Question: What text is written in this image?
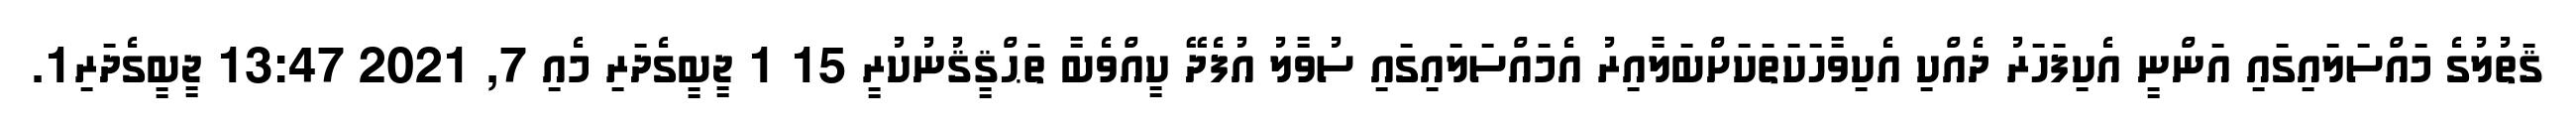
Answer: ޤަތުލުގެ މައްސަލައިގައި އަންނީ އެކިފަހަރު ދެއްކި އެކިވާހަކަތަކަށްބަލާއިރު އެމައްސަލައިގައި ސުވާލު އުފެދޭ ކީއްވެބާ ތަޙްޤީޤުނުކުރީ 15 1 ޖީބީގެދަރި މެއި 7, 2021 13:47 ޖީބީގެދަރި1.